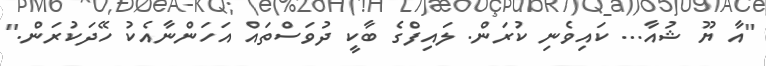
"އާ ޔޫ ޝުއާ... ކައިވެނި ކުރަން. ލައިފްގެ ބާކީ ދުވަސްތައް އަހަންނާއެކު ހޭދަކުރަން."